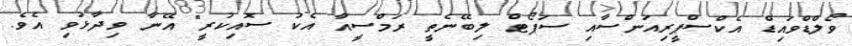
ވޯލްޑްވައިޑް އެކްސްޕީރިއަންސާއި ސަޕޯޓް ލިބޭނެތީ ރަމްސީއާ އެކު ސޮއިކުރީ" އޭނާ ވިދާޅުވި އެވެ.